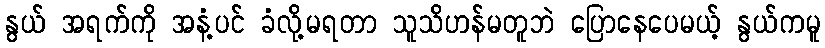
နွယ် အရက်ကို အနံ့ပင် ခံလို့မရတာ သူသိဟန်မတူဘဲ ပြောနေပေမယ့် နွယ်ကမူ